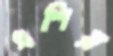
এশিয়